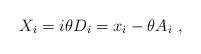
LaTeX: \begin{align*}X_i = i\theta D_i = x_i -\theta A_i~,\end{align*}